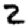
Digit: 2